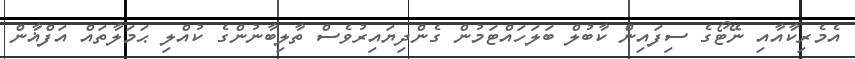
އެމެރިކާއާއި ނޭޓޯގެ ސިފައިން ކާބުލް ބަލަހައްޓަމުން ގެންދިޔައިރުވެސް ތާލިބާނުންގެ ކުއްލި ޙަމަލާތައް އަފްޣާން